Civil Veterinary Department Bengal reports 1923-33 - 1923-1933
Year: 1923
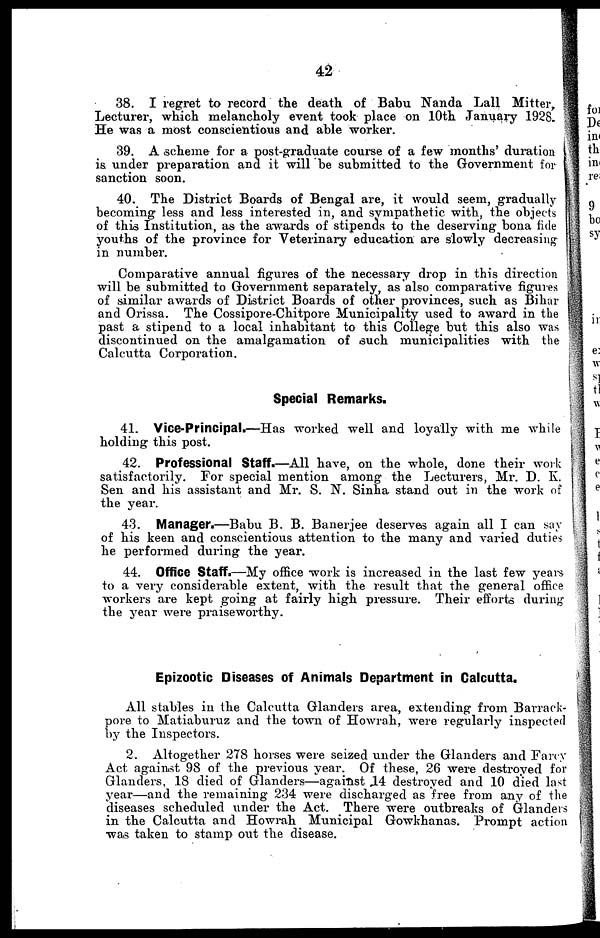
42
38. I regret to record the death of Babu Nanda Lall Mitter,
Lecturer, which melancholy event took place on 10th January 1928.
He was a most conscientious and able worker.
39. A scheme for a post-graduate course of a few months' duration
is under preparation and it will be submitted to the Government for
sanction soon.
40. The District Boards of Bengal are, it would seem, gradually
becoming less and less interested in, and sympathetic with, the objects
of this Institution, as the awards of stipends to the deserving bona fide
youths of the province for Veterinary education are slowly decreasing
in number.
Comparative annual figures of the necessary drop in this direction
will be submitted to Government separately, as also comparative figures
of similar awards of District Boards of other provinces, such as Bihar
and Orissa. The Cossipore-Chitpore Municipality used to award in the
past a stipend to a local inhabitant to this College but this also was
discontinued on the amalgamation of such municipalities with the
Calcutta Corporation.
Special Remarks.
41. Vice-Principal.—Has worked well and loyally with me while
holding this post.
42. Professional Staff.—All have, on the whole, done their work
satisfactorily. For special mention among the Lecturers, Mr. D. K.
Sen and his assistant and Mr. S. N. Sinha stand out in the work of
the year.
43. Manager.—Babu B. B. Banerjee deserves again all I can say
of his keen and conscientious attention to the many and varied duties
he performed during the year.
44. Office Staff.—My office work is increased in the last few years
to a very considerable extent, with the result that the general office
workers are kept going at fairly high pressure. Their efforts during
the year were praiseworthy.
Epizootic Diseases of Animals Department in Calcutta.
All stables in the Calcutta Glanders area, extending from Barrack-
pore to Matiaburuz and the town of Howrah, were regularly inspected
by the Inspectors.
2. Altogether 278 horses were seized under the Glanders and Farcy
Act against 98 of the previous year. Of these, 26 were destroyed for
Glanders, 18 died of Glanders—against 14 destroyed and 10 died last
year—and the remaining 234 were discharged as free from any of the
diseases scheduled under the Act. There were outbreaks of Glanders
in the Calcutta and Howrah Municipal Gowkhanas. Prompt action
was taken to stamp out the disease.